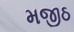
મજીઠ